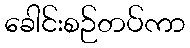
ခေါင်းစဉ်တပ်ကာ